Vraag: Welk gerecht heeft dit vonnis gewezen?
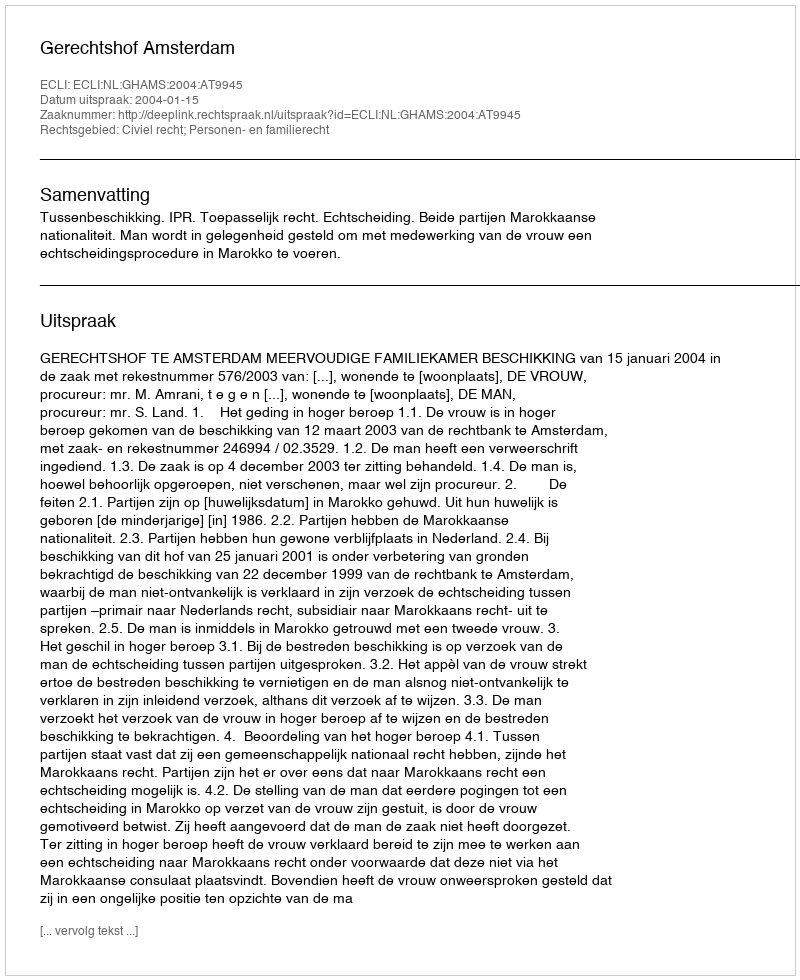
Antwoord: Gerechtshof Amsterdam